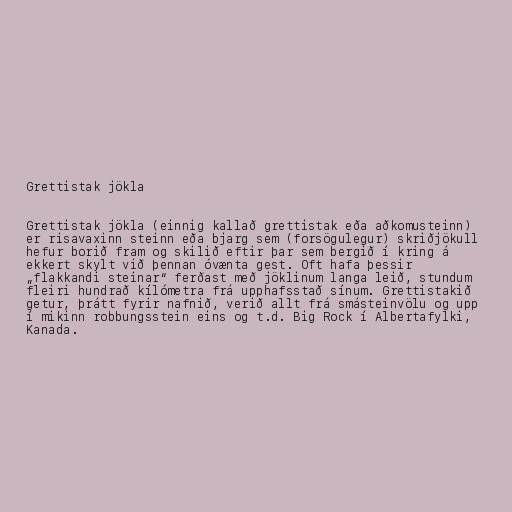
Grettistak jökla

Grettistak jökla (einnig kallað grettistak eða aðkomusteinn)
er risavaxinn steinn eða bjarg sem (forsögulegur) skriðjökull
hefur borið fram og skilið eftir þar sem bergið í kring á
ekkert skylt við þennan óvænta gest. Oft hafa þessir
„flakkandi steinar“ ferðast með jöklinum langa leið, stundum
fleiri hundrað kílómetra frá upphafsstað sínum. Grettistakið
getur, þrátt fyrir nafnið, verið allt frá smásteinvölu og upp
í mikinn robbungsstein eins og t.d. Big Rock í Albertafylki,
Kanada.